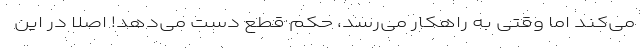
می‌کند اما وقتی به راهکار می‌رسد، حکم قطع دست می‌دهد! اصلا در این